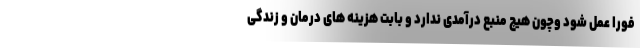
فورا عمل شود وچون هیچ منبع درآمدی ندارد و بابت هزینه های درمان و زندگی